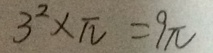
3 ^ { 2 } \times \pi = 9 \pi